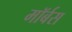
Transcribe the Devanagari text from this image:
मॉर्बस